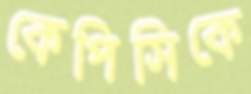
কেপিসিকে